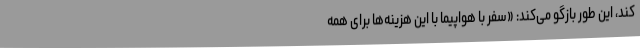
کند، این طور بازگو می‌کند: «سفر با هواپیما با این هزینه‌ها برای همه